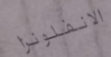
الانفلونزا